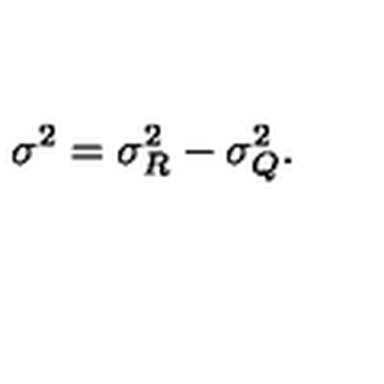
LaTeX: \sigma ^ { 2 } = \sigma _ { R } ^ { 2 } - \sigma _ { Q } ^ { 2 } .